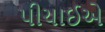
પીચાઈએ